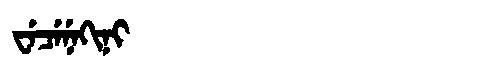
Manchu: ᠸᡝᠴᡝᠨᡝᡴᡳᠨᡳ
Romanization: WECENEKINI